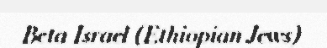
Beta Israel (Ethiopian Jews)